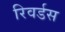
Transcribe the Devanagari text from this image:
रिवर्डस